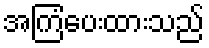
အကြံပေးထားသည်